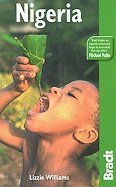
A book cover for Bradt Nigeria Travel Guide 2ND EDITION [PB,2008]; Travel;